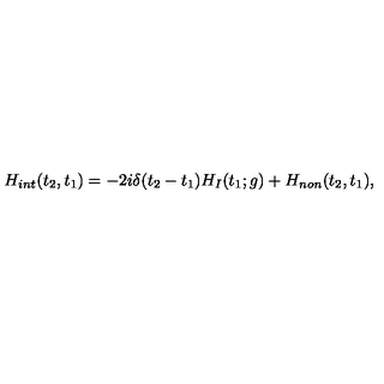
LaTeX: H _ { i n t } ( t _ { 2 } , t _ { 1 } ) = - 2 i \delta ( t _ { 2 } - t _ { 1 } ) H _ { I } ( t _ { 1 } ; g ) + H _ { n o n } ( t _ { 2 } , t _ { 1 } ) ,